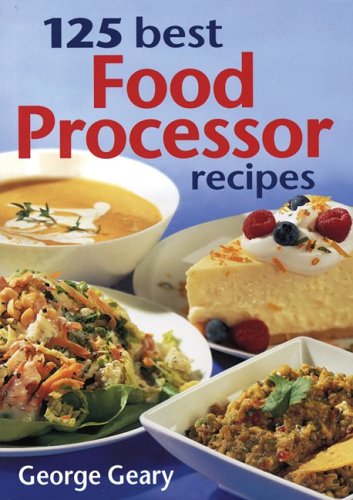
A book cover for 125 Best Food Processor Recipes; George Geary; Cookbooks, Food & Wine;